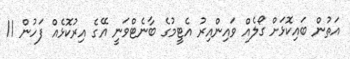
އަތުން ބައިކޮޅަށް ގޯލެއް ވައިންއިރު އެޓީމުގެ ބާނެޓްވަނީ އޭގެ އިރުކޮޅެއް ފަހުން 11